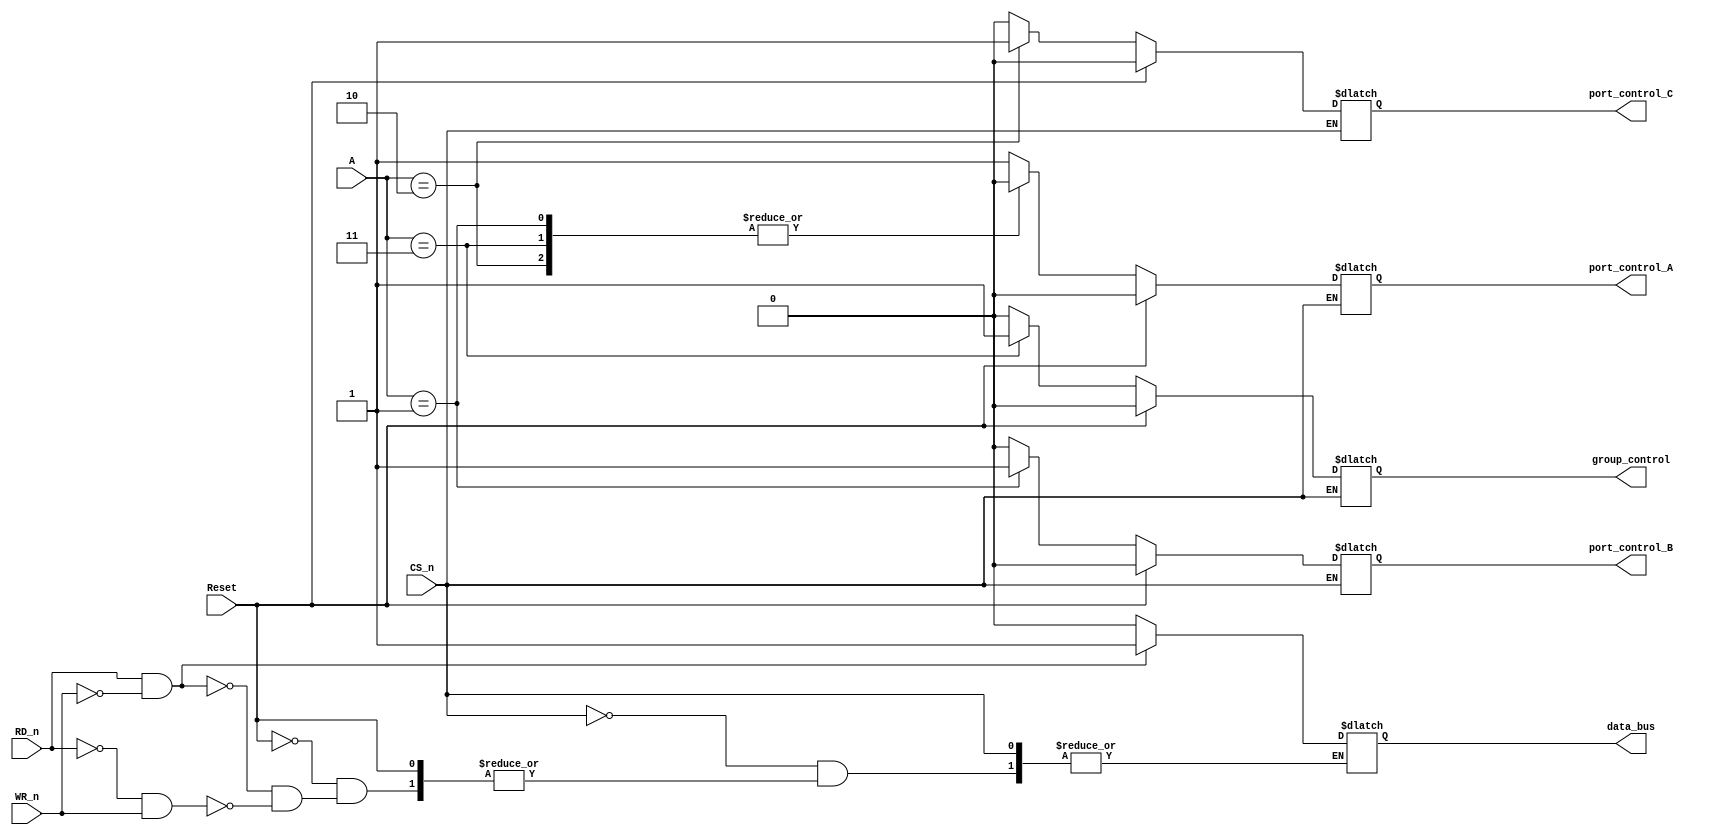
`timescale 1ns / 1ps

module Control_logic(
	input RD_n, 				//read bit
	input WR_n, 				// write bit
	input [1:0] A,				// port select
	input Reset,				// reste 1 clear all
	input CS_n,					// the chip operats only if this bit is 0
	output reg data_bus,			// control the data bus buffer
	output reg group_control,	// control both group control A and B 1 for control
	output reg port_control_A, 		// 1 act the port is active
	output reg port_control_B,
	output reg port_control_C	
    );
	 
	 
	 


always@(Reset,RD_n,WR_n,A,CS_n)
begin
	if (!CS_n)
	begin	
		if (Reset)
		begin
			port_control_A <= 0;
			port_control_B <= 0;
			port_control_C <= 0;
			group_control <= 0;
			
		end
		else begin
			
			case (A)
				
				2'b00: begin
					port_control_A <= 1;
					port_control_B <= 0;
					port_control_C <= 0;
					group_control <= 0;
				end
				
				2'b01: begin
					port_control_A <= 0;
					port_control_B <= 1;
					port_control_C <= 0;
					group_control <= 0;
				end
				
				2'b10: begin
					port_control_A <= 0;
					port_control_B <= 0;
					port_control_C <= 1;
					group_control <= 0;
				end
				
				2'b11: begin
					port_control_A <= 0;
					port_control_B <= 0;
					port_control_C <= 0;
					group_control <= 1;
				end
				
			endcase
			
			if (RD_n && !WR_n)
			begin
				data_bus <= 1 ;
			end
			else if (!RD_n && WR_n)
			begin
				data_bus <= 0 ;
			end
		end
		
	end

end

endmodule


/*

module test_control_logic();

reg RD_n,WR_n,Reset,CS_n;
reg [1:0] A;
wire data_bus,port_control_A,port_control_B,port_control_C,group_control;

Control_logic control1 (
    .RD_n(RD_n), 
    .WR_n(WR_n), 
    .A(A), 
    .Reset(Reset), 
    .CS_n(CS_n), 
    .data_bus(data_bus), 
    .group_control(group_control), 
    .port_control_A(port_control_A), 
    .port_control_B(port_control_B), 
    .port_control_C(port_control_C)
    );


initial
begin
CS_n = 0;
Reset = 0;
A = 2'b11;
#10
A = 2'b00;
#10
A = 2'b10;
#10
A = 2'b01;
#10

RD_n = 1;
WR_n = 0;
#10

RD_n = 0;
WR_n = 1;

end



endmodule
*/